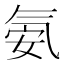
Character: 氨